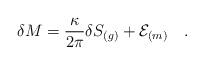
LaTeX: \begin{align*}\delta M={\kappa \over 2\pi} \delta S_{(g)}+{\cal E}_{(m)}~~~.\end{align*}